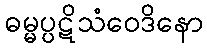
ဓမ္မပ္ပဋိသံဝေဒိနော